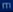
m